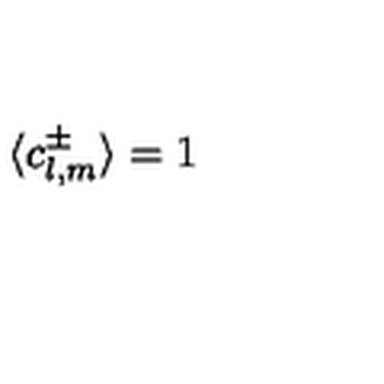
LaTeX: \langle c _ { l , m } ^ { \pm } \rangle = 1